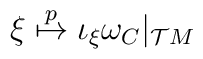
\xi\stackrel{p}{\mapsto} \iota_{\xi}\omega_C|_{{\cal T}M}